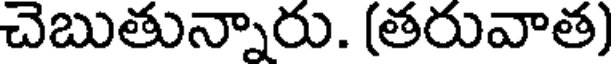
చెబుతున్నారు. (తరువాత)